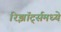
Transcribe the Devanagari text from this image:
रिझॉर्ट्‍समध्ये